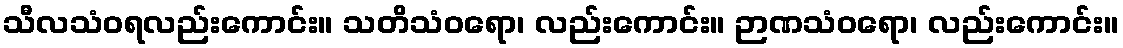
သီလသံဝရလည်းကောင်း။ သတိသံဝရော၊ လည်းကောင်း။ ဉာဏသံဝရော၊ လည်းကောင်း။